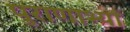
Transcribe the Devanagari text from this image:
पुराणाभ्यां